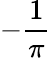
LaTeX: -\frac{1}{\pi}